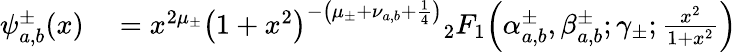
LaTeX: \begin{array}{rl}{\psi_{a,b}^{\pm}(x)}&{{}=x^{2\mu_{\pm}}{\left(1+x^{2}\right)}^{-\left(\mu_{\pm}+\nu_{a,b}+\frac{1}{4}\right)}{}_{2}F_{1}\! \left(\alpha_{a,b}^{\pm},\beta_{a,b}^{\pm};\gamma_{\pm};\frac{x^{2}}{1+x^{2}}\right)}\end{array}